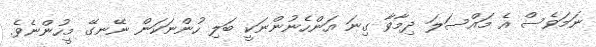
ނަމަވެސް އެ މައްސަލަ ދިމާވާ ގިނަ އަންހެނުންނަކީ ބަލި ހުންނަކަން ނޭނގޭ މީހުންނެވެ.